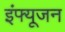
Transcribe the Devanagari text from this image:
इंफ्यूजन